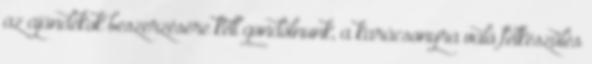
az ajándékok beszerzésére kell gondolnunk, a karácsonyra való felkészülés